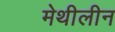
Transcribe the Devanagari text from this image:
मेथीलीन